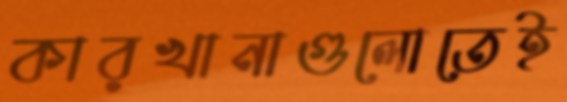
কারখানাগুলোতেই